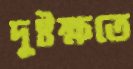
দুষ্টক্ষতে